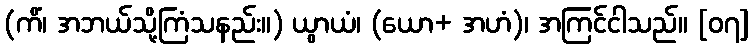
(ကိံ၊ အဘယ်သို့ကြံသနည်း။) ယွာယံ၊ (ယော+ အဟံ)၊ အကြင်ငါသည်။ [၀၇]